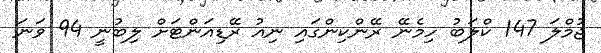
ޖުމްލަ 147 ކްލަބު ހިމެނޭ ރޭންކިންގައި ނިއު ރޭޑިއަންޓަށް ލިބުނީ 94 ވަނަ